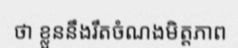
ថា ខ្លួននឹងរឹតចំណងមិត្តភាព